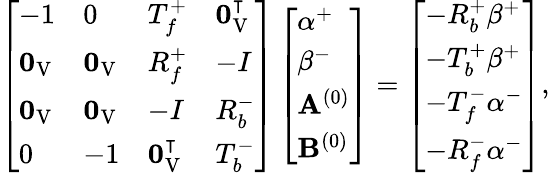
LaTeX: \left[\begin{array}{llll}{-1}&{0}&{T_{f}^{+}}&{\mathbf{0}_{\mathrm{V}}^{\intercal}}\\ {\mathbf{0}_{\mathrm{V}}}&{\mathbf{0}_{\mathrm{V}}}&{R_{f}^{+}}&{-I}\\ {\mathbf{0}_{\mathrm{V}}}&{\mathbf{0}_{\mathrm{V}}}&{-I}&{R_{b}^{-}}\\ {0}&{-1}&{\mathbf{0}_{\mathrm{V}}^{\intercal}}&{T_{b}^{-}}\end{array}\right]\left[\begin{array}{l}{\alpha^{+}}\\ {\beta^{-}}\\ {\mathbf{A}^{(0)}}\\ {\mathbf{B}^{(0)}}\end{array}\right]=\left[\begin{array}{l}{-R_{b}^{+}\beta^{+}}\\ {-T_{b}^{+}\beta^{+}}\\ {-T_{f}^{-}\alpha^{-}}\\ {-R_{f}^{-}\alpha^{-}}\end{array}\right],